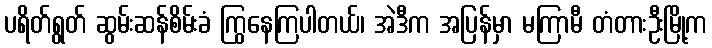
ပရိတ်ရွတ် ဆွမ်းဆန်စိမ်းခံ ကြွနေကြပါတယ်၊ အဲဒီက အပြန်မှာ မကြာမီ တံတားဦးမြို့က